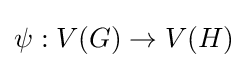
\psi :V(G)\to V(H)